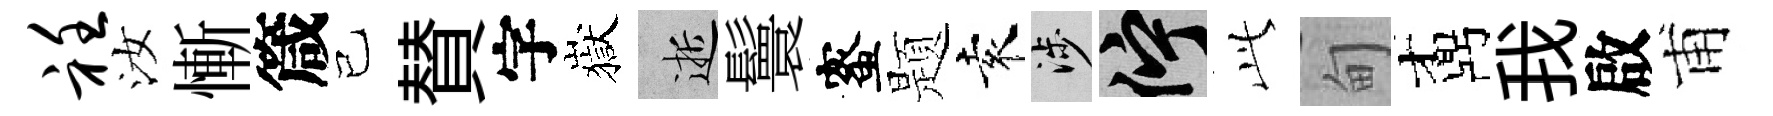
衽汝慚箴已賛字嶽逝鬟蜜题袁涉伫𬼘甸鼒我啟甫